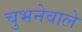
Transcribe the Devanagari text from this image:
चुभनेवाले